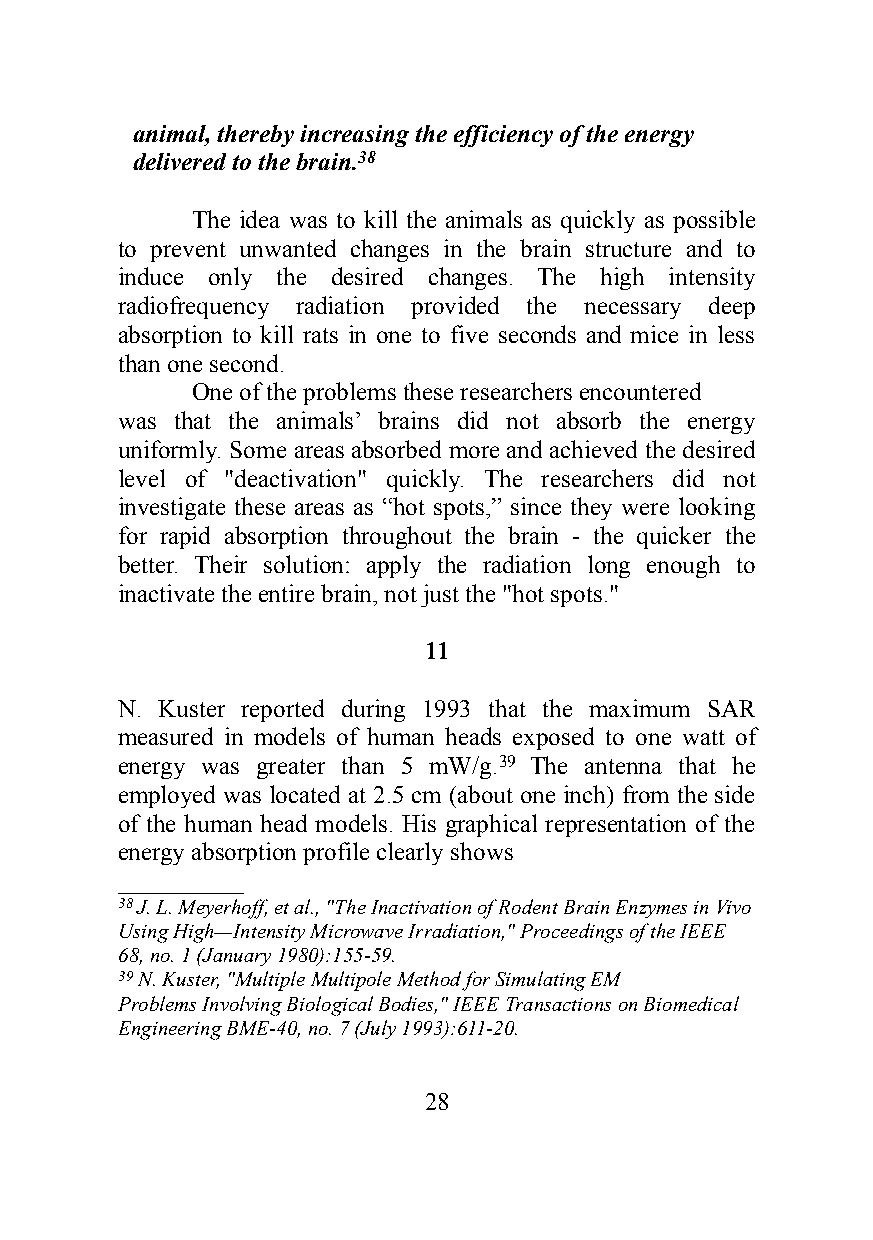
animal, thereby increasing the efficiency of the energy
 delivered to the brain.38
 The idea was to kill the animals as quickly as possible
 to prevent unwanted changes in the brain structure and to
 induce only the desired changes. The high intensity
 radiofrequency radiation provided the necessary deep
 absorption to kill rats in one to five seconds and mice in less
 than one second.
 One of the problems these researchers encountered
 was that the animals’ brains did not absorb the energy
 uniformly. Some areas absorbed more and achieved the desired
 level of "deactivation" quickly. The researchers did not
 investigate these areas as “hot spots,” since they were looking
 for rapid absorption throughout the brain - the quicker the
 better. Their solution: apply the radiation long enough to
 inactivate the entire brain, not just the "hot spots."
 11
 N. Kuster reported during 1993 that the maximum SAR
 measured in models of human heads exposed to one watt of
 energy was greater than 5 mW/g.39 The antenna that he
 employed was located at 2.5 cm (about one inch) from the side
 of the human head models. His graphical representation of the
 energy absorption profile clearly shows
 __________
 38 J. L. Meyerhoff, et al., "The Inactivation of Rodent Brain Enzymes in Vivo
 Using High—Intensity Microwave Irradiation," Proceedings of the IEEE
 68, no. 1 (January 1980):155-59.
 39 N. Kuster, "Multiple Multipole Method for Simulating EM
 Problems Involving Biological Bodies," IEEE Transactions on Biomedical
 Engineering BME-40, no. 7 (July 1993):611-20.
 28